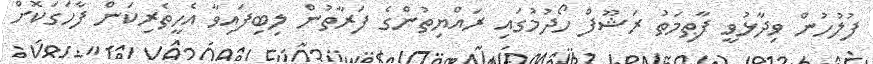
ފުލުހުން ވިދާޅުވީ ފާޠިމަތު ރަޝޫފް ހޯދުމުގައި ރައްޔިތުންގެ ފަރާތުން ލިބިފައިވާ އެހީތެރިކަން ފާހަގަކޮށް